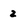
Character: 2